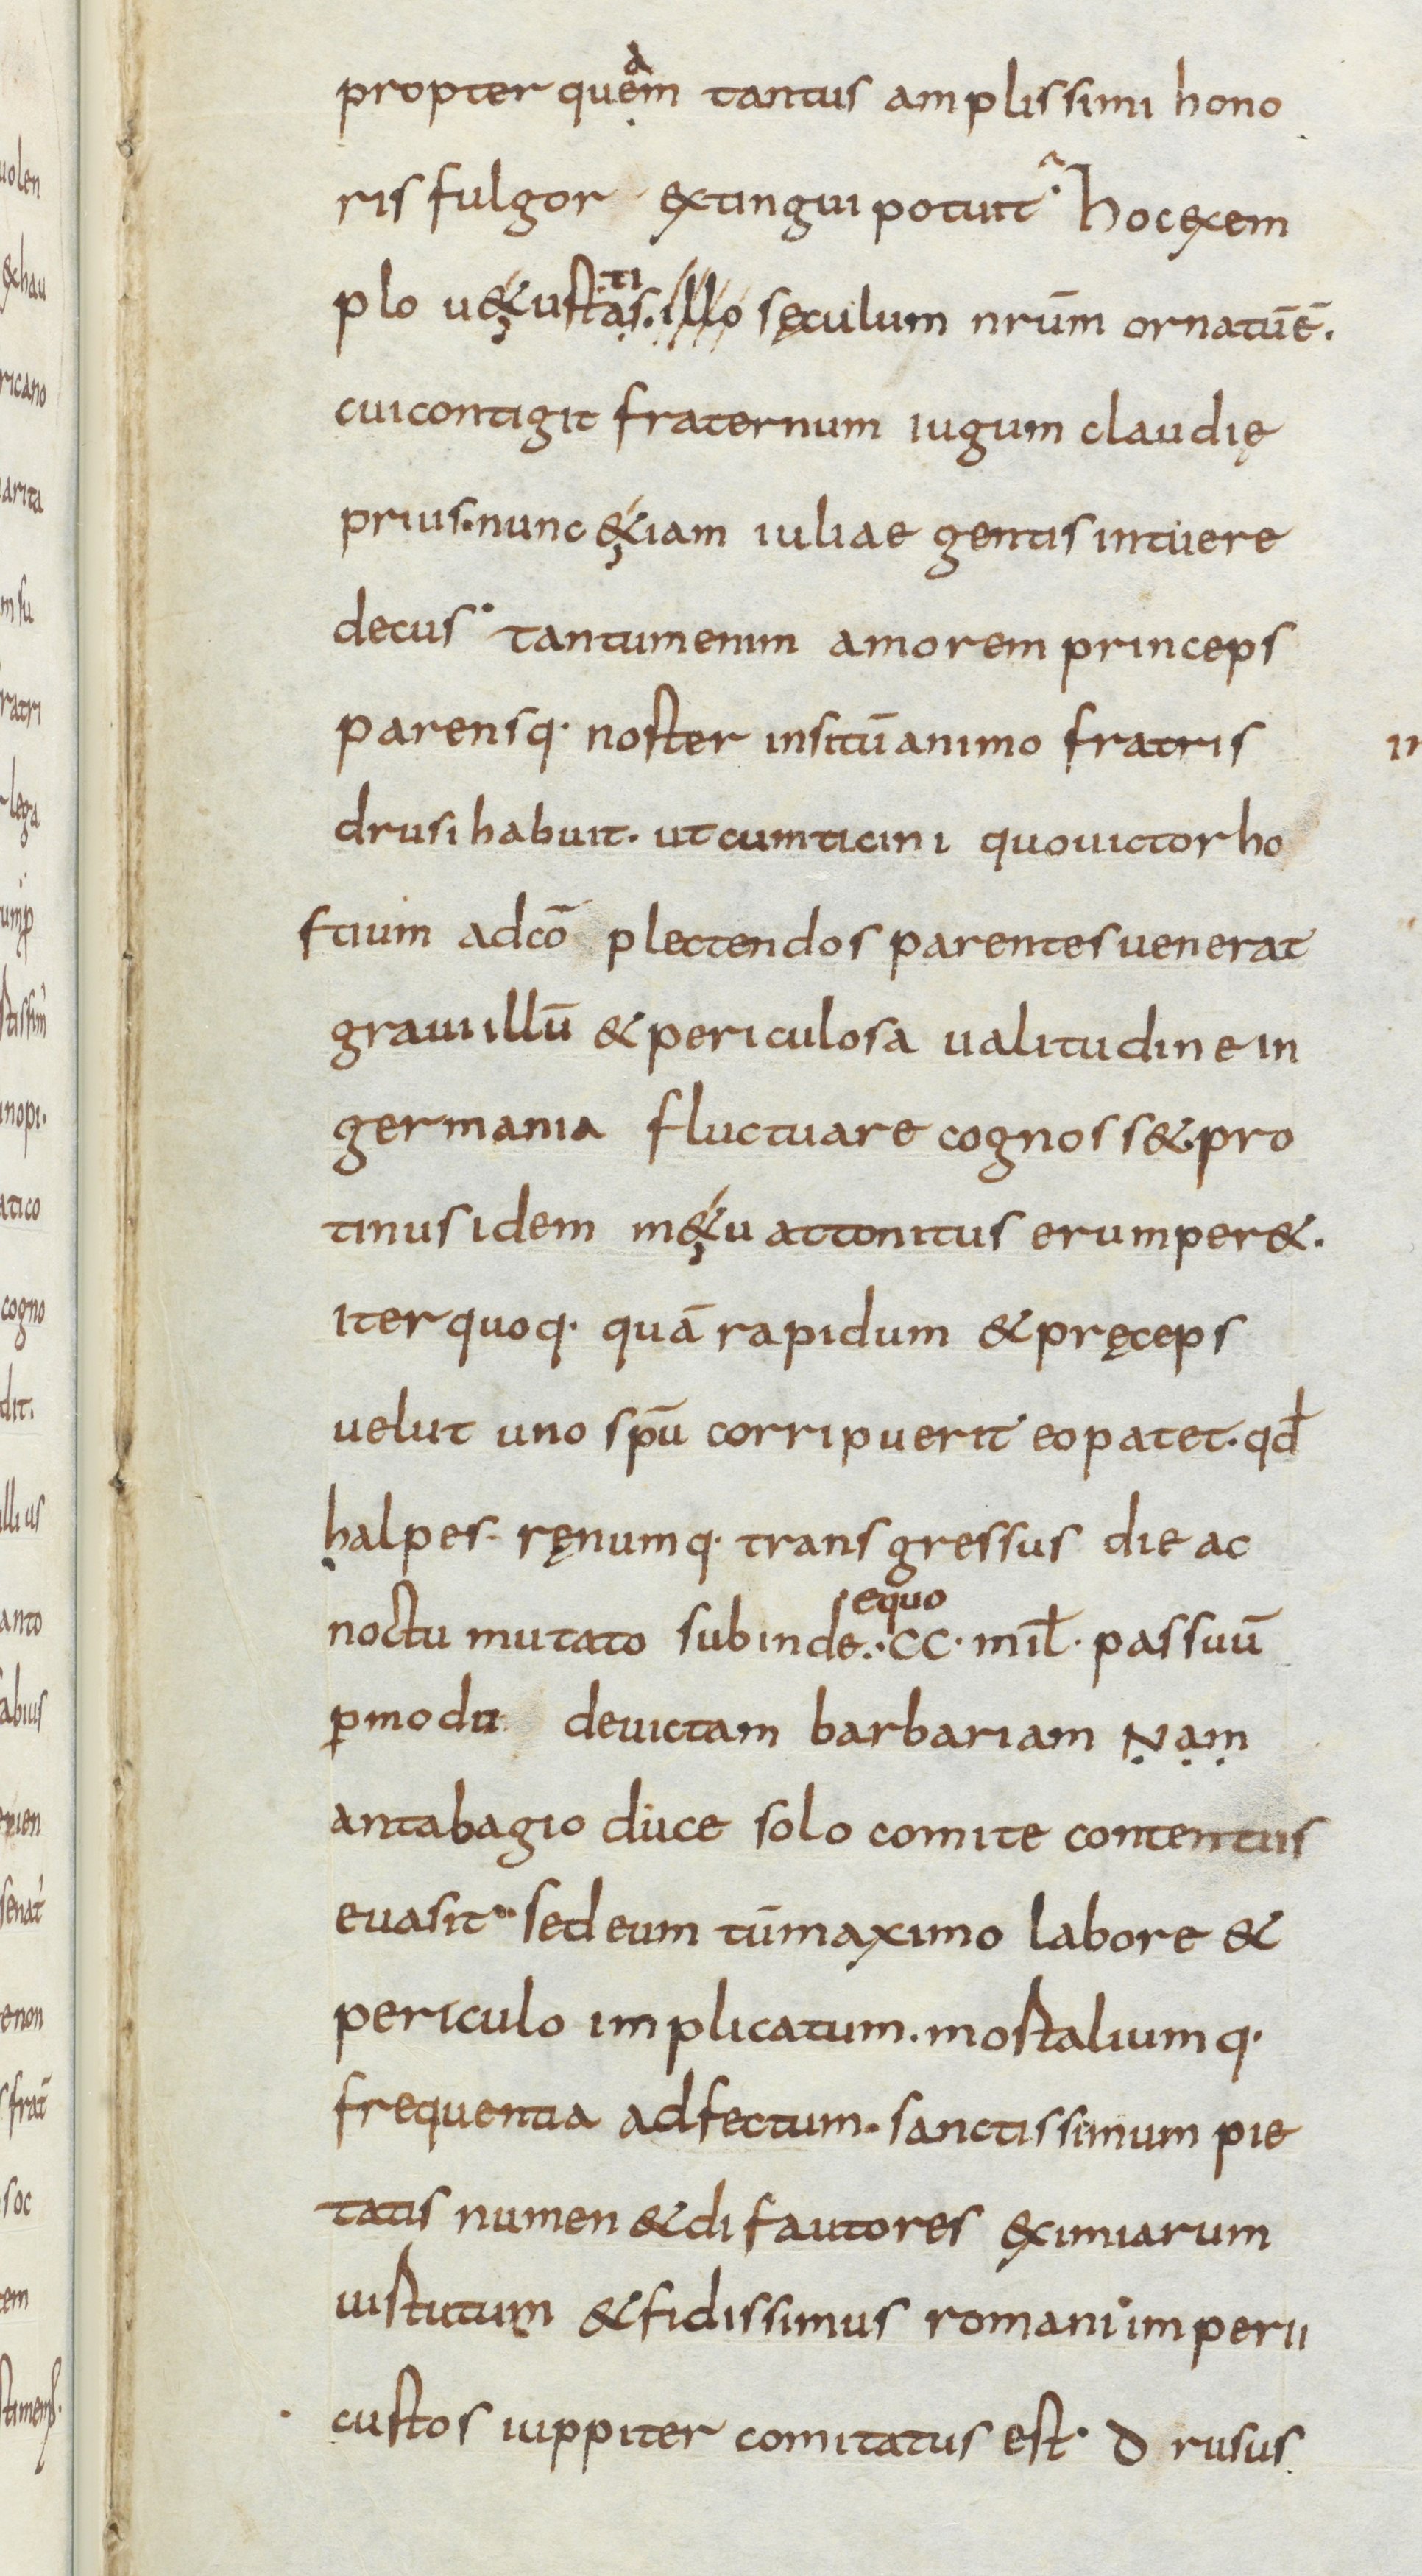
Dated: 834–866